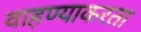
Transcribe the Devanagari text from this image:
वाहण्याकरता